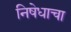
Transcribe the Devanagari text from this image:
निषेधाचा